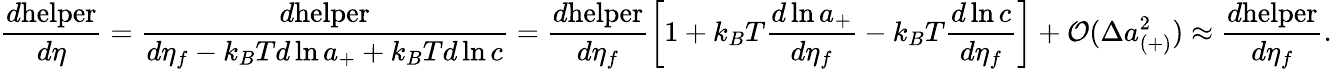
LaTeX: \frac{d\mathrm{helper}}{d\eta}=\frac{d\mathrm{helper}}{d\eta_{f}-k_{B}Td\ln{a_{+}}+k_{B}Td\ln{c}}=\frac{d\mathrm{helper}}{d\eta_{f}}\left[1+k_{B}T\frac{d\ln{a_{+}}}{d\eta_{f}}-k_{B}T\frac{d\ln{c}}{d\eta_{f}}\right]+\mathcal{O}(\Delta a_{(+)}^{2})\approx\frac{d\mathrm{helper}}{d\eta_{f}}.